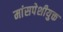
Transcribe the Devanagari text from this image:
मांसपेशीयुक्त